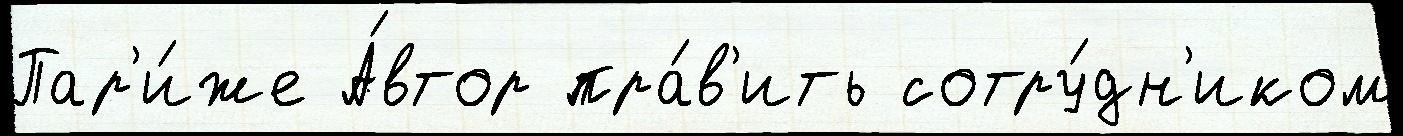
Пар'и́же А́втор пра́в'ить сотру́дн'иком